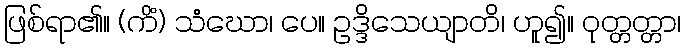
ဖြစ်ရာ၏။ (ကိံ) သံဃော၊ ပေ။ ဥဒ္ဒိသေယျာတိ၊ ဟူ၍။ ဝုတ္တတ္တာ၊